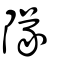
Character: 隊